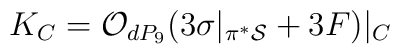
K_C={\cal O}_{dP_9}(3 \sigma|_{\pi^{*}{\cal S}}+ 3F)|_C